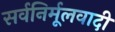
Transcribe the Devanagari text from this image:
सर्वनिर्मूलवादी